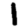
Digit: 1